Document type: Endowment
Year: 1330
Scribe: Arnau [Delpàs]
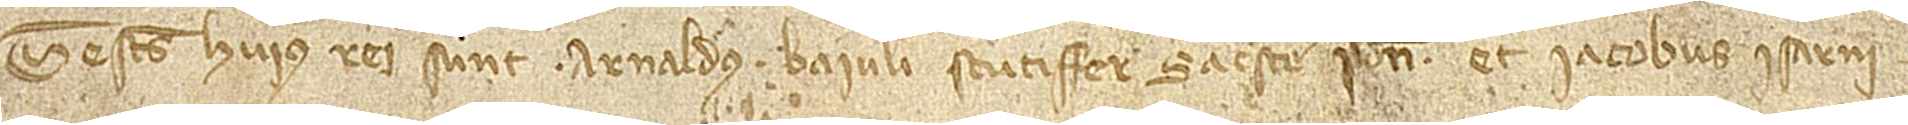
Testes huius rei sunt: Arnaldus Baiuli, scutiffer sacriste predicti, et Iacobus Isarni.